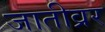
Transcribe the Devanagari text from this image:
जातीव्रर